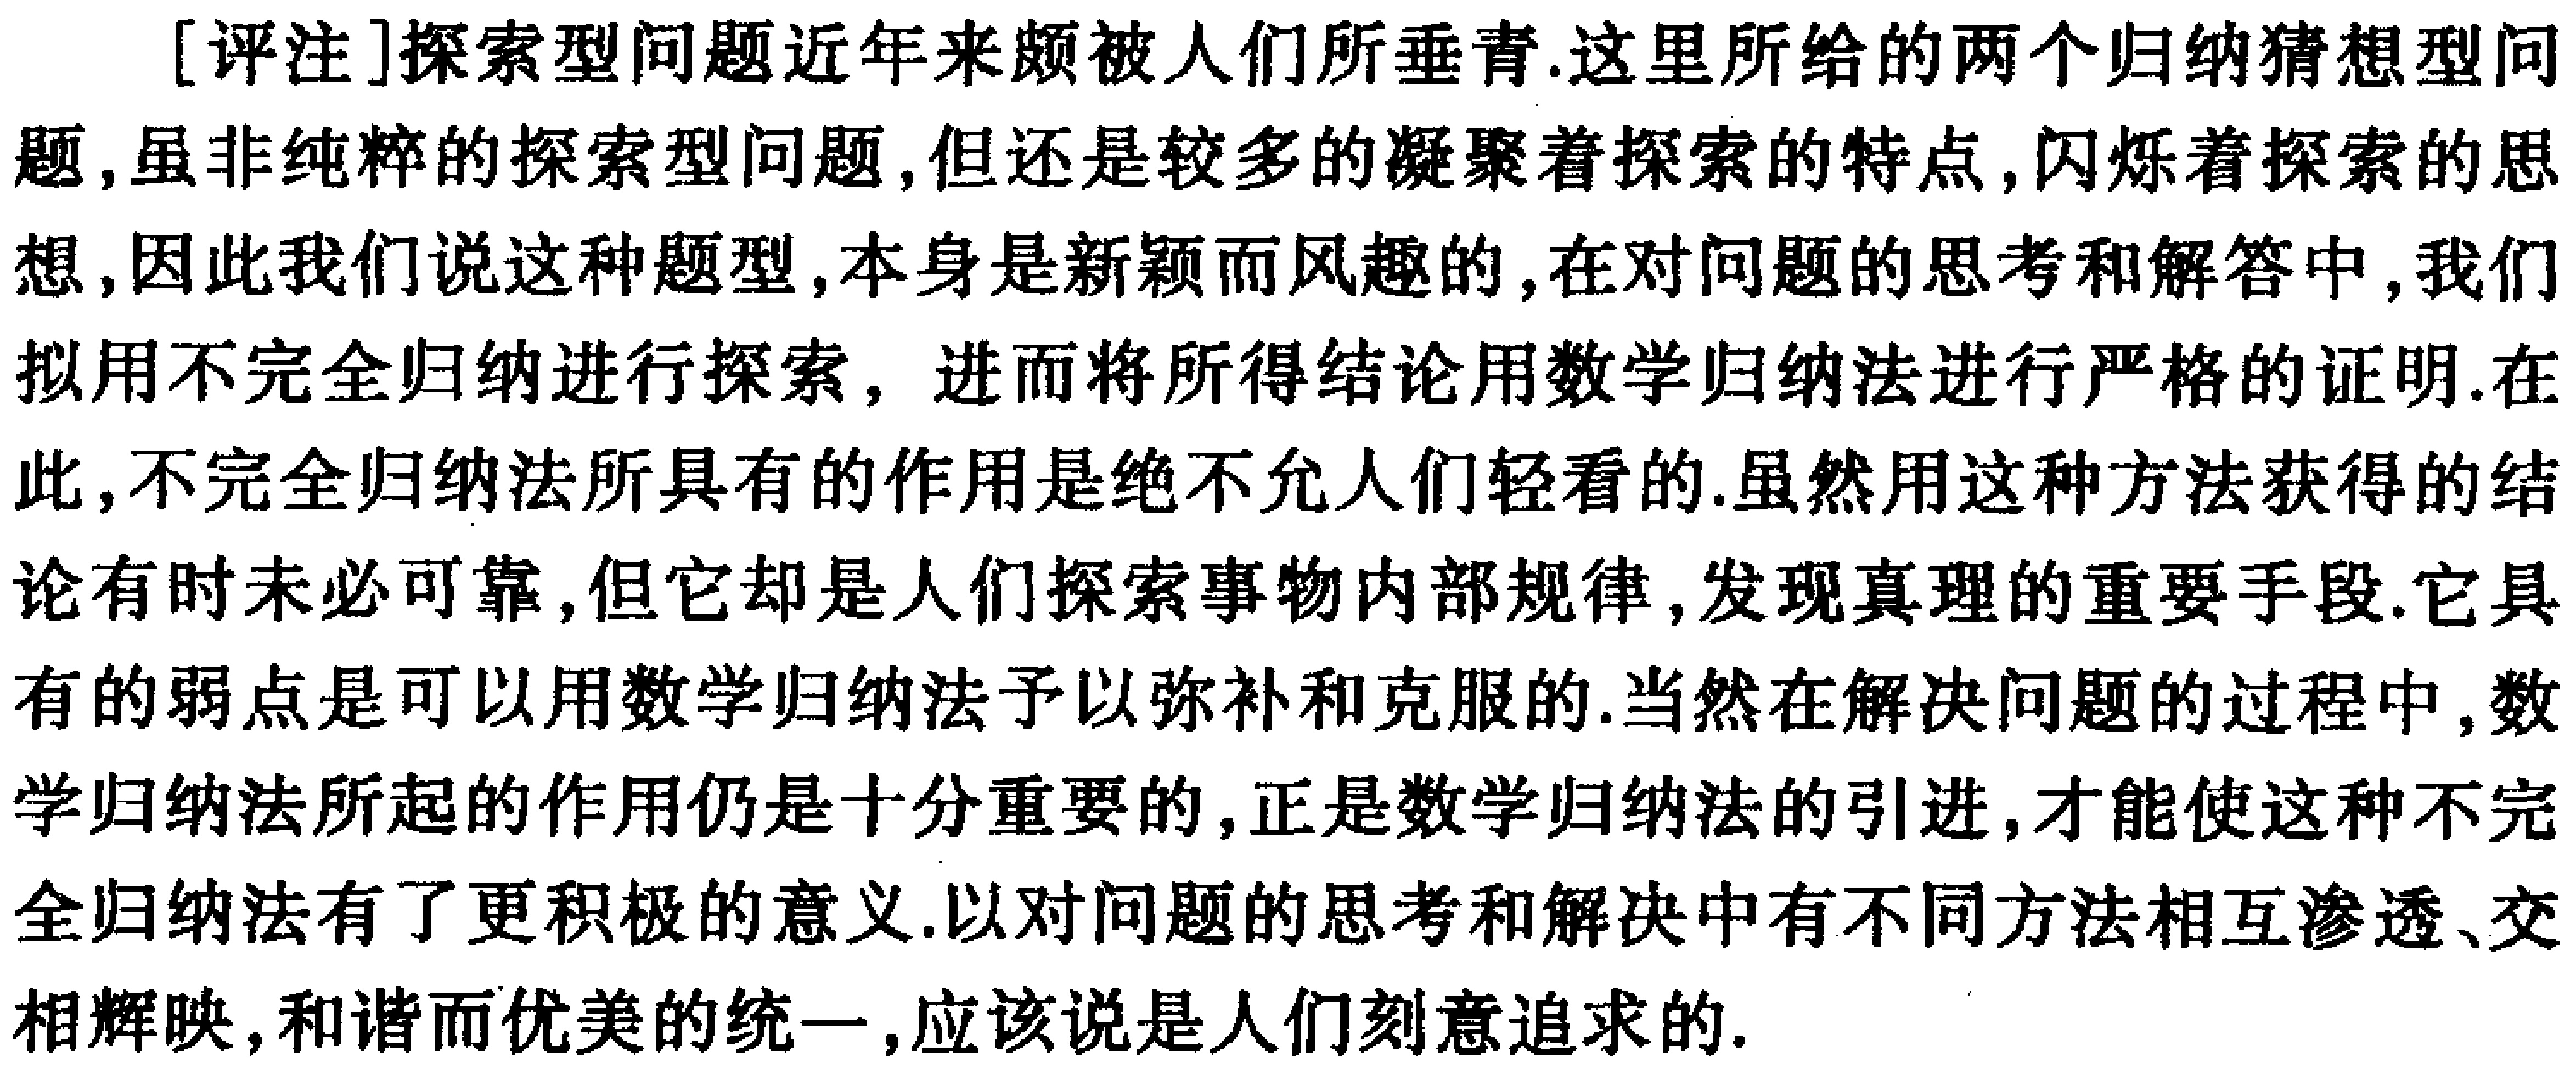
[评注]探索型问题近年来颇被人们所垂青.这里所给的两个归纳猜想型问题,虽非纯粹的探索型问题,但还是较多的凝聚着探索的特点,闪烁着探索的思想,因此我们说这种题型,本身是新颖而风趣的,在对问题的思考和解答中,我们拟用不完全归纳进行探索，进而将所得结论用数学归纳法进行严格的证明.在此,不完全归纳法所具有的作用是绝不允人们轻看的.虽然用这种方法获得的结论有时未必可靠,但它却是人们探索事物内部规律,发现真理的重要手段.它具有的弱点是可以用数学归纳法予以弥补和克服的.当然在解决问题的过程中,数学归纳法所起的作用仍是十分重要的,正是数学归纳法的引进,才能使这种不完全归纳法有了更积极的意义.以对问题的思考和解决中有不同方法相互渗透、交相辉映,和谐而优美的统一,应该说是人们刻意追求的.